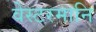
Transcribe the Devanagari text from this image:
वेस्टरमानि